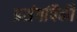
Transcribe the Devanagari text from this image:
प्रसंगांपैकी